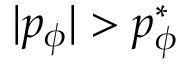
\vert p _ { \phi } \vert > p _ { \phi } ^ { * }